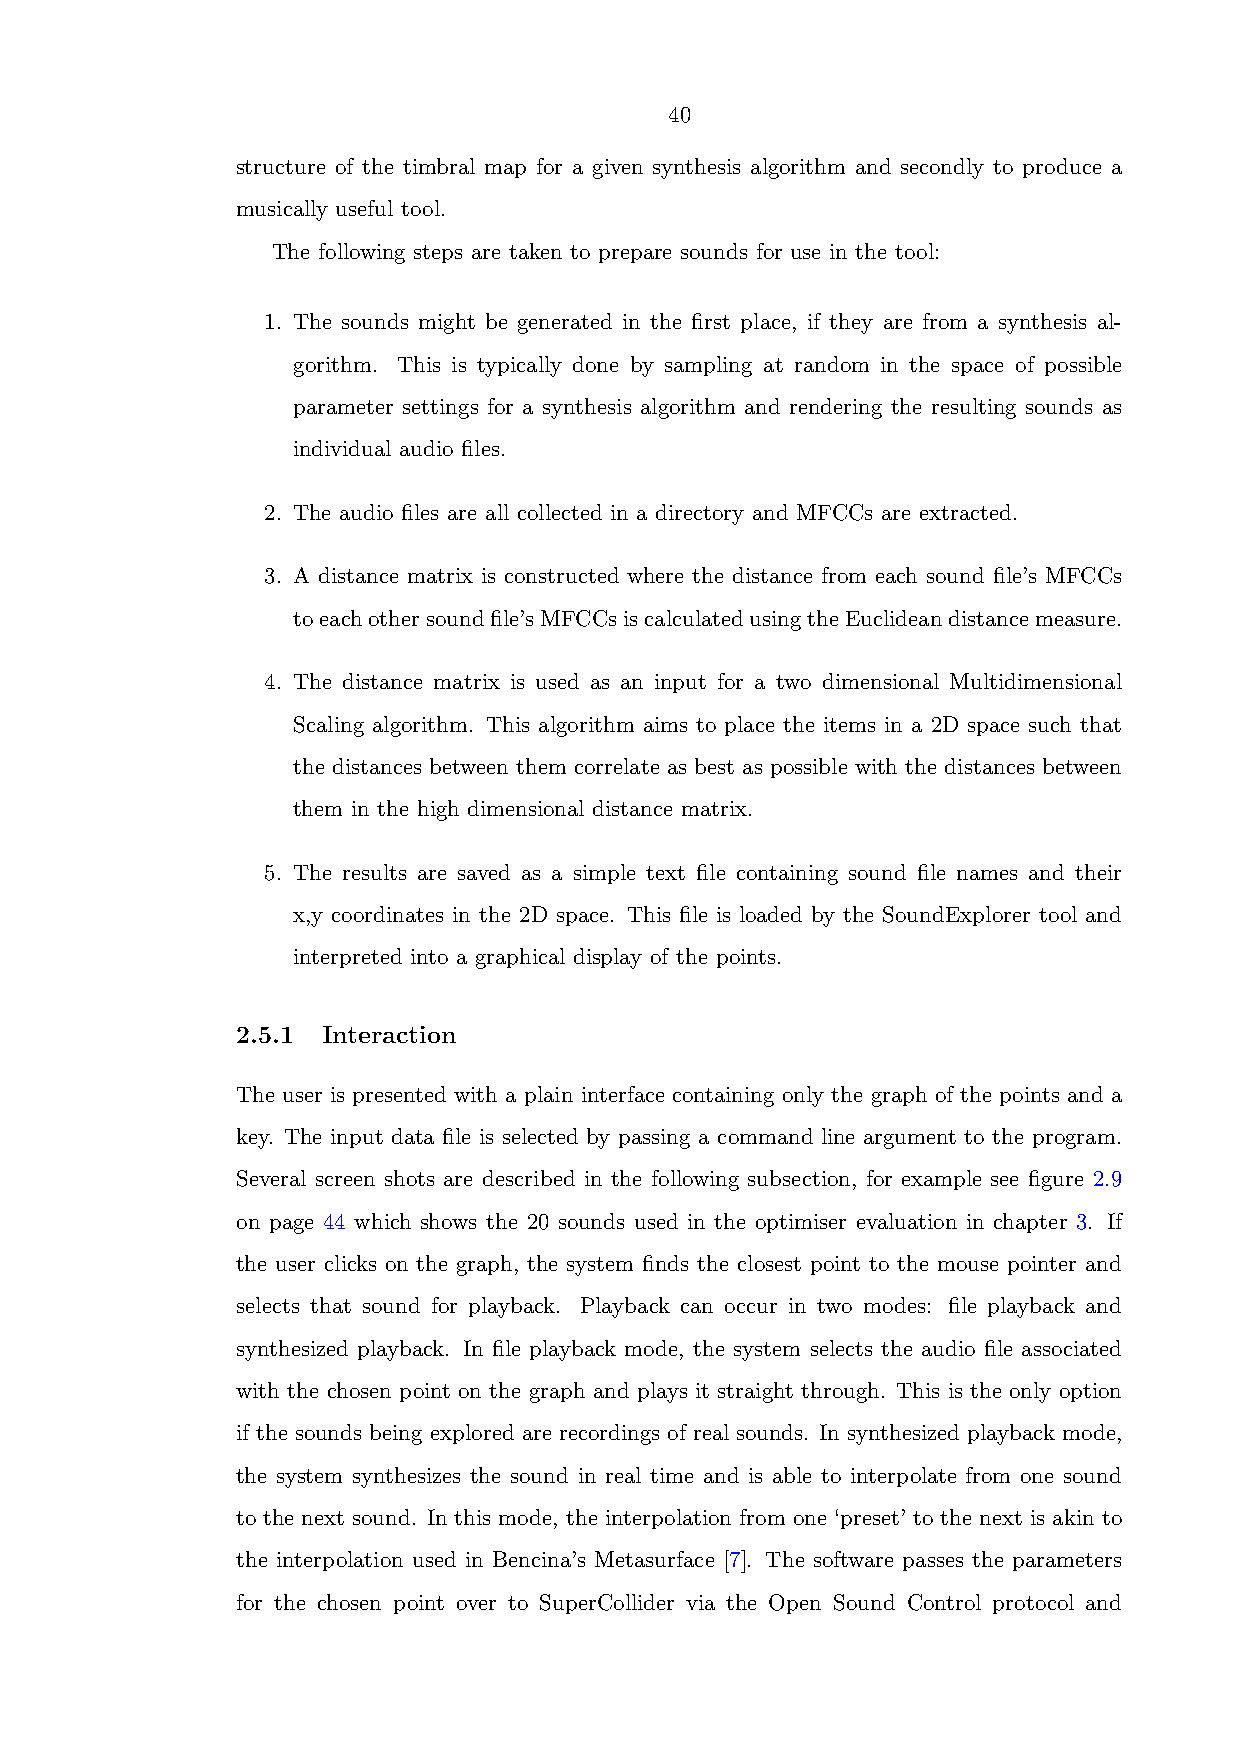
40
 structure of the timbral map for a given synthesis algorithm and secondly to produce a
 musically useful tool.
 The following steps are taken to prepare sounds for use in the tool:
 1. The sounds might be generated in the first place, if they are from a synthesis al-
 gorithm. This is typically done by sampling at random in the space of possible
 parameter settings for a synthesis algorithm and rendering the resulting sounds as
 individual audio files.
 2. The audio files are all collected in a directory and MFCCs are extracted.
 3. A distance matrix is constructed where the distance from each sound file’s MFCCs
 toeachothersoundfile’sMFCCsiscalculatedusingtheEuclideandistancemeasure.
 4. The distance matrix is used as an input for a two dimensional Multidimensional
 Scaling algorithm. This algorithm aims to place the items in a 2D space such that
 the distances between them correlate as best as possible with the distances between
 them in the high dimensional distance matrix.
 5. The results are saved as a simple text file containing sound file names and their
 x,y coordinates in the 2D space. This file is loaded by the SoundExplorer tool and
 interpreted into a graphical display of the points.
 2.5.1 Interaction
 The user is presented with a plain interface containing only the graph of the points and a
 key. The input data file is selected by passing a command line argument to the program.
 Several screen shots are described in the following subsection, for example see figure 2.9
 on page 44 which shows the 20 sounds used in the optimiser evaluation in chapter 3. If
 the user clicks on the graph, the system finds the closest point to the mouse pointer and
 selects that sound for playback. Playback can occur in two modes: file playback and
 synthesized playback. In file playback mode, the system selects the audio file associated
 with the chosen point on the graph and plays it straight through. This is the only option
 if the sounds being explored are recordings of real sounds. In synthesized playback mode,
 the system synthesizes the sound in real time and is able to interpolate from one sound
 to the next sound. In this mode, the interpolation from one ‘preset’ to the next is akin to
 the interpolation used in Bencina’s Metasurface [7]. The software passes the parameters
 for the chosen point over to SuperCollider via the Open Sound Control protocol and